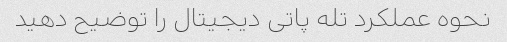
نحوه عملکرد تله پاتی دیجیتال را توضیح دهید